Report on the lunatic asylums under the Government of Bombay - 1904-1913
Year: 1904
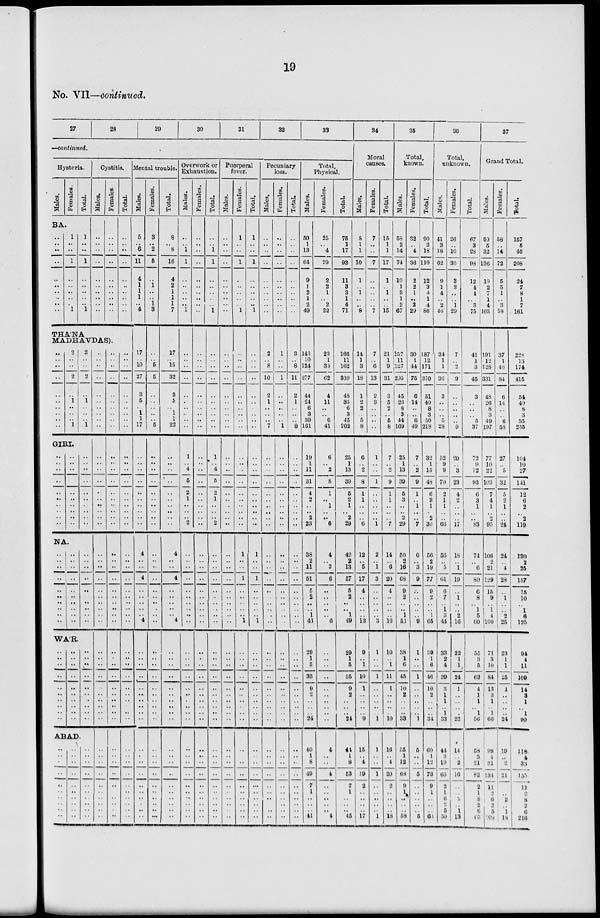
19
No. VII—continued.
27
28
29
30
31
32
33
—continued.
Hysteria.
Males.
Females.
Total.
BA.
..
.. ..
..
..
..
..
..
..
..
1
..
..
1
..
..
..
..
..
1
1
..
..
1
..
..
..
..
..
1
Cystitis.
Males.
..
..
..
..
..
..
..
..
..
..
Females.
..
..
..
..
..
..
..
..
..
..
Total.
..
..
..
..
..
..
..
..
..
..
THA'NA
MADHAVDAS).
..
..
..
..
..
..
..
..
..
..
2
..
..
2
..
1
..
..
..
1
2
..
..
2
..
1
..
..
..
1
GIRI.
..
..
..
..
..
..
..
..
..
..
..
..
..
..
..
..
..
..
..
..
..
..
..
..
..
..
..
NA.
..
..
..
..
..
..
..
..
..
..
..
..
..
..
..
..
..
..
..
..
..
..
..
..
..
..
..
WA'R.
..
..
..
..
..
..
..
..
..
..
..
..
..
..
..
..
..
..
..
..
..
..
..
..
..
..
..
..
..
..
ABAD
..
..
..
..
..
..
..
..
..
..
..
..
..
..
..
..
..
..
..
..
..
..
..
..
..
..
..
..
..
..
..
..
..
..
..
..
..
..
..
..
..
..
..
..
..
..
..
..
..
..
..
..
..
..
..
..
..
..
..
..
..
..
..
..
..
..
..
..
..
..
..
..
..
..
..
..
..
..
..
..
..
..
..
..
..
..
..
..
..
..
..
..
..
..
..
..
..
..
..
..
..
..
..
..
..
..
..
..
..
..
..
..
..
..
..
..
..
..
..
..
..
..
..
..
..
..
..
..
..
..
..
..
..
..
..
..
..
..
..
..
..
..
..
..
..
..
.
..
..
..
..
..
..
..
.
..
..
..
..
..
..
..
..
..
..
..
..
..
..
..
..
..
..
..
Mental trouble.
Males.
5
.. 6
11
4
1
1
1
..
4
17
..
10
27
3
5
..
1
1
17
..
..
..
..
..
..
..
..
..
4
..
..
4
..
..
..
..
4
..
..
..
..
..
..
..
..
..
..
..
..
..
..
..
..
..
..
..
..
Females.
3
.. 2
5
..
1
..
.. 1
3
..
..
5
5
..
..
..
..
..
5
..
..
..
..
..
..
..
..
..
..
..
..
..
..
..
..
..
..
..
..
..
..
..
..
..
..
..
..
..
..
..
..
..
..
..
..
..
..
Total.
8
.. 8
16
4
2
1
1
1
7
17
..
15
32
3
5
..
1
1
22
..
..
..
..
..
..
..
..
..
4
..
..
4
..
..
..
..
4
..
..
..
..
..
..
..
..
..
..
..
..
..
..
..
..
..
..
..
..
Overwork or
Exhaustion.
Males.
..
.. 1
1
..
..
..
..
..
1
..
..
..
..
..
..
..
..
..
..
1
..
4
5
2
1
..
..
.. 2
..
..
..
..
..
..
..
..
..
..
..
..
..
..
..
..
..
..
..
..
..
..
..
..
..
..
..
..
..
Females.
..
..
..
..
..
..
..
..
..
..
..
..
..
..
..
..
..
..
..
..
..
..
..
..
..
..
..
..
..
..
..
..
..
..
..
..
..
..
..
..
..
..
..
..
..
..
..
..
..
..
..
..
..
..
..
..
..
..
..
Total.
..
.. 1
1
..
..
..
..
..
1
..
..
..
..
..
..
..
..
..
..
1
..
4
5
2
1
..
..
.. 2
..
..
..
..
..
..
..
..
..
..
..
..
..
..
..
..
..
..
..
..
..
..
..
..
..
..
..
..
..
Puerperal
fever.
Males.
..
..
..
..
..
..
..
..
..
..
..
..
..
..
..
..
..
..
..
..
..
..
..
..
..
..
..
..
..
..
..
..
..
..
..
..
..
..
..
..
..
..
..
..
..
..
..
..
..
..
..
..
..
..
..
..
..
..
..
Females.
1
..
..
1
..
..
..
..
..
1
..
..
..
..
..
..
..
..
..
..
..
..
..
..
..
..
..
..
..
..
1
..
..
1
..
..
..
..
1
..
..
..
..
..
..
..
..
..
..
..
..
..
..
..
..
..
..
..
..
Total.
1
..
..
1
..
..
..
..
..
1
..
..
..
..
..
..
..
..
..
..
..
..
..
..
..
..
..
..
..
..
1
..
..
1
..
..
..
..
1
..
.
..
..
..
..
..
..
..
..
..
..
..
..
..
..
..
..
..
..
Pecuniary
loss.
Males.
..
..
..
..
..
..
..
..
..
..
2
..
8
10
2
1
..
..
..
7
..
..
..
..
..
..
..
..
..
..
..
..
..
..
..
..
..
..
..
..
..
..
..
..
..
..
..
..
..
..
..
..
..
..
..
..
..
..
..
Females.
..
..
..
..
..
..
..
..
..
..
1
..
..
1
..
..
..
..
..
1
..
..
..
..
..
..
..
..
..
..
..
..
..
..
..
..
..
..
..
..
..
..
..
..
..
..
..
..
..
..
..
..
..
..
..
..
..
..
..
Total.
..
..
..
..
..
..
..
..
..
..
3
..
8
11
2
1
..
..
..
8
..
..
..
..
..
..
..
..
..
..
..
..
..
..
..
..
..
..
..
..
..
..
..
..
..
..
..
..
..
..
..
..
..
..
..
..
..
..
..
Total,
Physical.
Males.
50
1
13
64
9
1
2
1
2
49
143
10
124
277
44
24
6
3
39
161
19
1
11
31
4
2
..
..
2
23
38
2
11
51
5
2
..
1
43
29
1
5
35
9
2
..
..
..
24
40
1
8
49
7
1
..
..
..
41
Females.
25
.. 4
29
2
2
1
2 2
22
23
1
38
62
4
11
..
..
6
41
6
..
2
8
1
..
..
..
.. 6
4
..
2
6
..
..
..
..
6
..
..
..
..
..
..
..
..
..
..
4
..
..
4
..
..
..
..
..
4
Total.
75
1
17
93
11
3
3
1
4
71
166
11
162
339
48
35
..
3
45
202
25
1
13
39
5
2
..
..
2
29
42
2
13
57
5
2
..
1
49
29
1
5
35
9
2
..
..
..
24
44
1
8
53
7
1
..
..
..
45
34
Moral
causes.
Males.
8
1
1
10
1
..
1
..
..
8
14
1
3
18
1
2
2
..
5
8
6
..
2
8
1
1
..
..
.. 6
12
...
5
17
4
..
..
..
13
9
..
1
10
1
..
..
..
..
9
15
..
4
19
2
..
..
..
..
17
Females.
7
..
..
7
..
..
..
..
..
7
7
..
6
13
2
3
..
..
..
..
1
..
..
1
..
..
..
..
.. 1
2
..
1
3
..
..
..
..
3
1
..
..
1
..
..
..
..
..
1
1
..
..
1
..
..
..
..
..
1
Total.
15
1 1
17
1
..
1
..
..
15
21
1
9
31
3
5
2
..
5
8
7
..
2
9
1
1
..
..
.. 7
14
..
6
20
4
..
..
..
16
10
..
1
11
1
..
..
..
..
10
16
..
4
20
2
..
..
..
..
18
35
Total,
known.
Males.
53
2
14
74
10
1
3
1
2
67
157
11
127
295
45
26
8
3
44
169
25
1
13
39
5
3
..
..
2
29
50
2
16
68
9
2
.. 1
56
38
1
6
45
10
2
..
..
..
33
55
1
12
68
9
1
..
..
..
58
Females.
32
.. 4
36
2
2
1
2 2
29
30
1
44
75
6
14
..
..
6
49
7
..
2
9
1
.. ..
..
..
7
6
..
3
9
..
..
..
..
9
1
..
..
1
..
..
..
..
..
1
5
..
..
5
..
..
..
..
..
5
Total.
90
2
18
110
12
3
4
1
4
86
187
12
171
370
51
40
8
3
50
218
32
1
15
48
6
3
1
..
2
36
56
2
19
77
9
2
.. 1
65
39
1
6
46
10
2
..
..
..
34
60
1
12
73
9
1
..
..
..
63
36
Total,
unknown.
Males.
41
3
18
62
9
1
4
..
2
46
34
1
1
36
3
..
..
..
5
28
52
9
9
70
2
1 1
..
.. 66
56
..
5
61
6
7
1
3
44
33
2
4
39
3
1
1
..
1
33
41
3
19
66
2
1
6
2
5
50
Females.
26
.. 10
36
3
3
..
..
1
29
7
..
2
9
..
..
..
..
..
9
20
..
3
23
4
2
..
..
.. 17
18
..
1
19
..
1
..
2
16
22
1
1
24
1
..
..
..
..
23
14
..
2
16
..
..
2
..
1
13
Total.
67
3
28
98
12
4
4
..
3
75
41
1
3
45
3
..
..
..
5
37
72
9
12
93
6
3
1
..
.. 83
74
..
6
80
6
8
1
5
60
55
3
5
63
4
1
1
..
1
56
58
3
21
82
2
1
8
2
6
63
37
Grand Total.
Males.
99 5
32
136
19
2
7
1
4
103
191
12
128
331
48
26
8
3
49
197
77
10
22
109
7
4
1
..
2
95
106
2
21
129
15
9
1
4
100
71
3
10
84
13
3
1
..
1
66
99
4
31
131
11
..
6
2
5
198
Females.
58
.. 14
72
5
5
1
3
58
37
1
46
84
6
14
..
..
6
58
27
..
5
32
5
2
1
..
..
24
24
..
4
28
..
1
.. 2
25
23
1
1
25
1
..
..
..
..
24
19
..
2
21
..
..
2
..
1
18
Total.
157
5
46
208
24
7
8
1
7
161
228
13
174
415
54
40
8
3
55
255
104
10
27
141
12
6
2
..
2
119
130
2
25
157
15
10
1
6
125
94
4
11
109
14
3
1
..
1
90
118
4
33
155
11
..
8
2
6
216